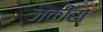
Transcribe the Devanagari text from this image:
जकीरा